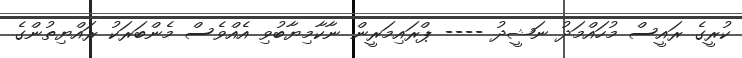
ކުރީގެ ރައީސް މުހައްމަދު ނަޝީދު ---- ޕްރައިމަރީން ނާކާމިޔާބުވި އެއްވެސް މެންބަރަކު ރައްޔިތުންގެ